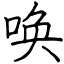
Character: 唤